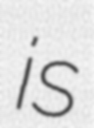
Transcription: is